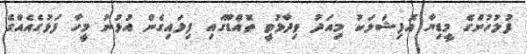
ފުލުހުންގެ މީޑިޔާ އޮފިޝަލަކު މިއަދު ވިދާޅުވީ ތޮއްޑޫގައި ފިލައިގެން އުޅުނު މީހާ ފަޅުގެއެއްގެ